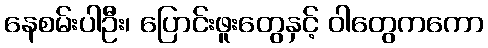
နေစမ်းပါဦး၊ ပြောင်းဖူးတွေနှင့် ဝါတွေကကော